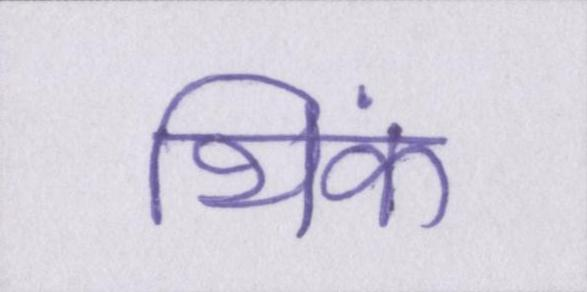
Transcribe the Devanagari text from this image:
थिंक